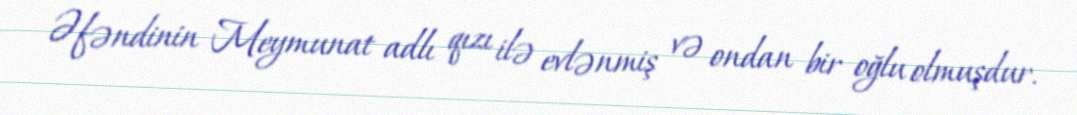
Əfəndinin Meymunat adlı qızı ilə evlənmiş və ondan bir oğlu olmuşdur.